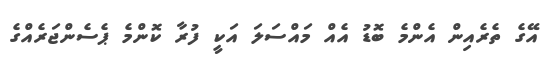
އޭގެ ތެރެއިން އެންމެ ބޮޑު އެއް މައްސަލަ އަކީ ފުރާ ކޮންމެ ޕެސެންޖަރެއްގެ